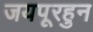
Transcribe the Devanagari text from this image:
जयपूरहुन